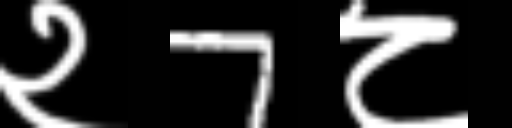
Text: २7८